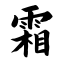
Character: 霜